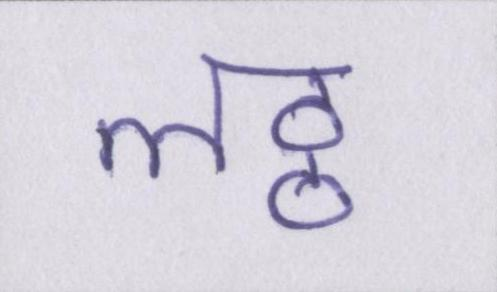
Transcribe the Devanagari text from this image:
लठ्ठ